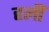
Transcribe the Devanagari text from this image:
हलीं